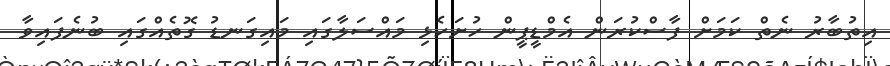
އިތުބާރު ނެތް ކަމަށް ފާސްކުރަން އެމްޑީޕީން ހުށަހެޅި މައްސަލާގައި މައިގަނޑު ގޮތެއްގައި ބުނެފައިވާ